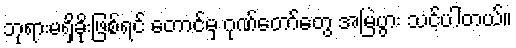
ဘုရားမရှိခိုးဖြစ်ရင် တောင်မှ ဂုဏ်တော်တွေ အမြဲပွား သင့်ပါတယ်။